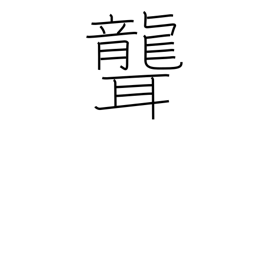
Meaning: deafen